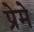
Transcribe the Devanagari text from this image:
प्रेमे